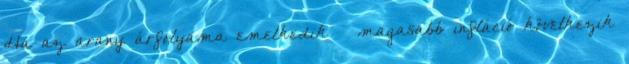
Ha az arany árfolyama emelkedik – magasabb infláció következik